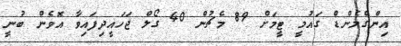
އިންގްލެންޑް ގައުމީ ޓީމަށް 89 މެޗުން 40 ގޯލް ޖަހައީދިފައިވާ އޮވެން ބުނީ